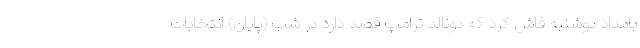
بامداد دوشنبه فاش کرد که دونالد ترامپ قصد دارد در شب (پایان) انتخابات